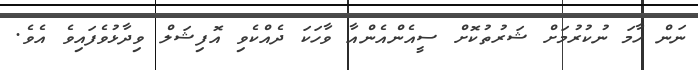
ނަން ހާމަ ނުކުރުމަށް ޝަރުތުކޮށް ސީއެންއެންއާ ވާހަކަ ދެއްކެވި އޮފިޝަލް ވިދާޅުވެފައިވެ އެވެ.